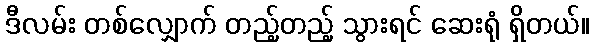
ဒီလမ်း တစ်လျှောက် တည့်တည့် သွားရင် ဆေးရုံ ရှိတယ်။